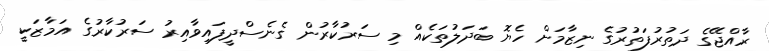
ރާއްޖޭގެ ދަތުރުފަތުރުގެ ނިޒާމަށް ހެޔޮ ބަދަލުތަކެއް މި ސަރުކާރުން ގެނެސްދީފައިވާއިރު ސަރުކާރުގެ އަމާޒަކީ